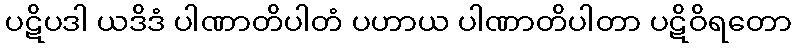
ပဋိပဒါ ယဒိဒံ ပါဏာတိပါတံ ပဟာယ ပါဏာတိပါတာ ပဋိဝိရတော